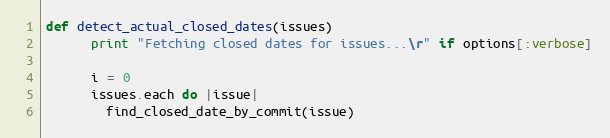
Language: Ruby
def detect_actual_closed_dates(issues)
      print "Fetching closed dates for issues...\r" if options[:verbose]

      i = 0
      issues.each do |issue|
        find_closed_date_by_commit(issue)